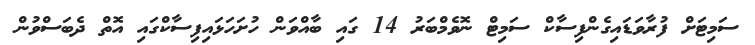
ސަމިޓަށް ފުރާވަޑައިގެންފިސާކް ސަމިޓް ނޮވެމްބަރު 14 ގައި ބާއްވަން ހުށަހަޅައިފިސާކްގައި އޮތް ދެބަސްވުން